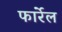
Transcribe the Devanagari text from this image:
फार्रेल